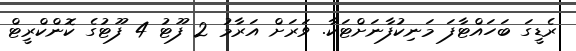
ރެޑީގަ ބަހައްޓާފަ މަނިކުފާނަށްޓަކާ. ވަރަށް އަރާމު 2 ފޫޓު 4 ފޫޓުގެ ކޮންކްރީޓް